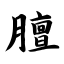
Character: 膻